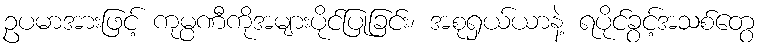
ဥပမာအားဖြင့် ကုမ္ပဏီကိုအများပိုင်ပြုခြင်း၊ အစုရှယ်ယာနဲ့ ရပိုင်ခွင့်အသစ်တွေ